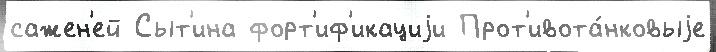
сажен'ей Сыт'ина форт'иф'икациjи Прот'ивота́нковыjе